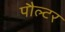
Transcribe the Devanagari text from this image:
पौल्टर